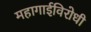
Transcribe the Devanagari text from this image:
महागाईविरोधी